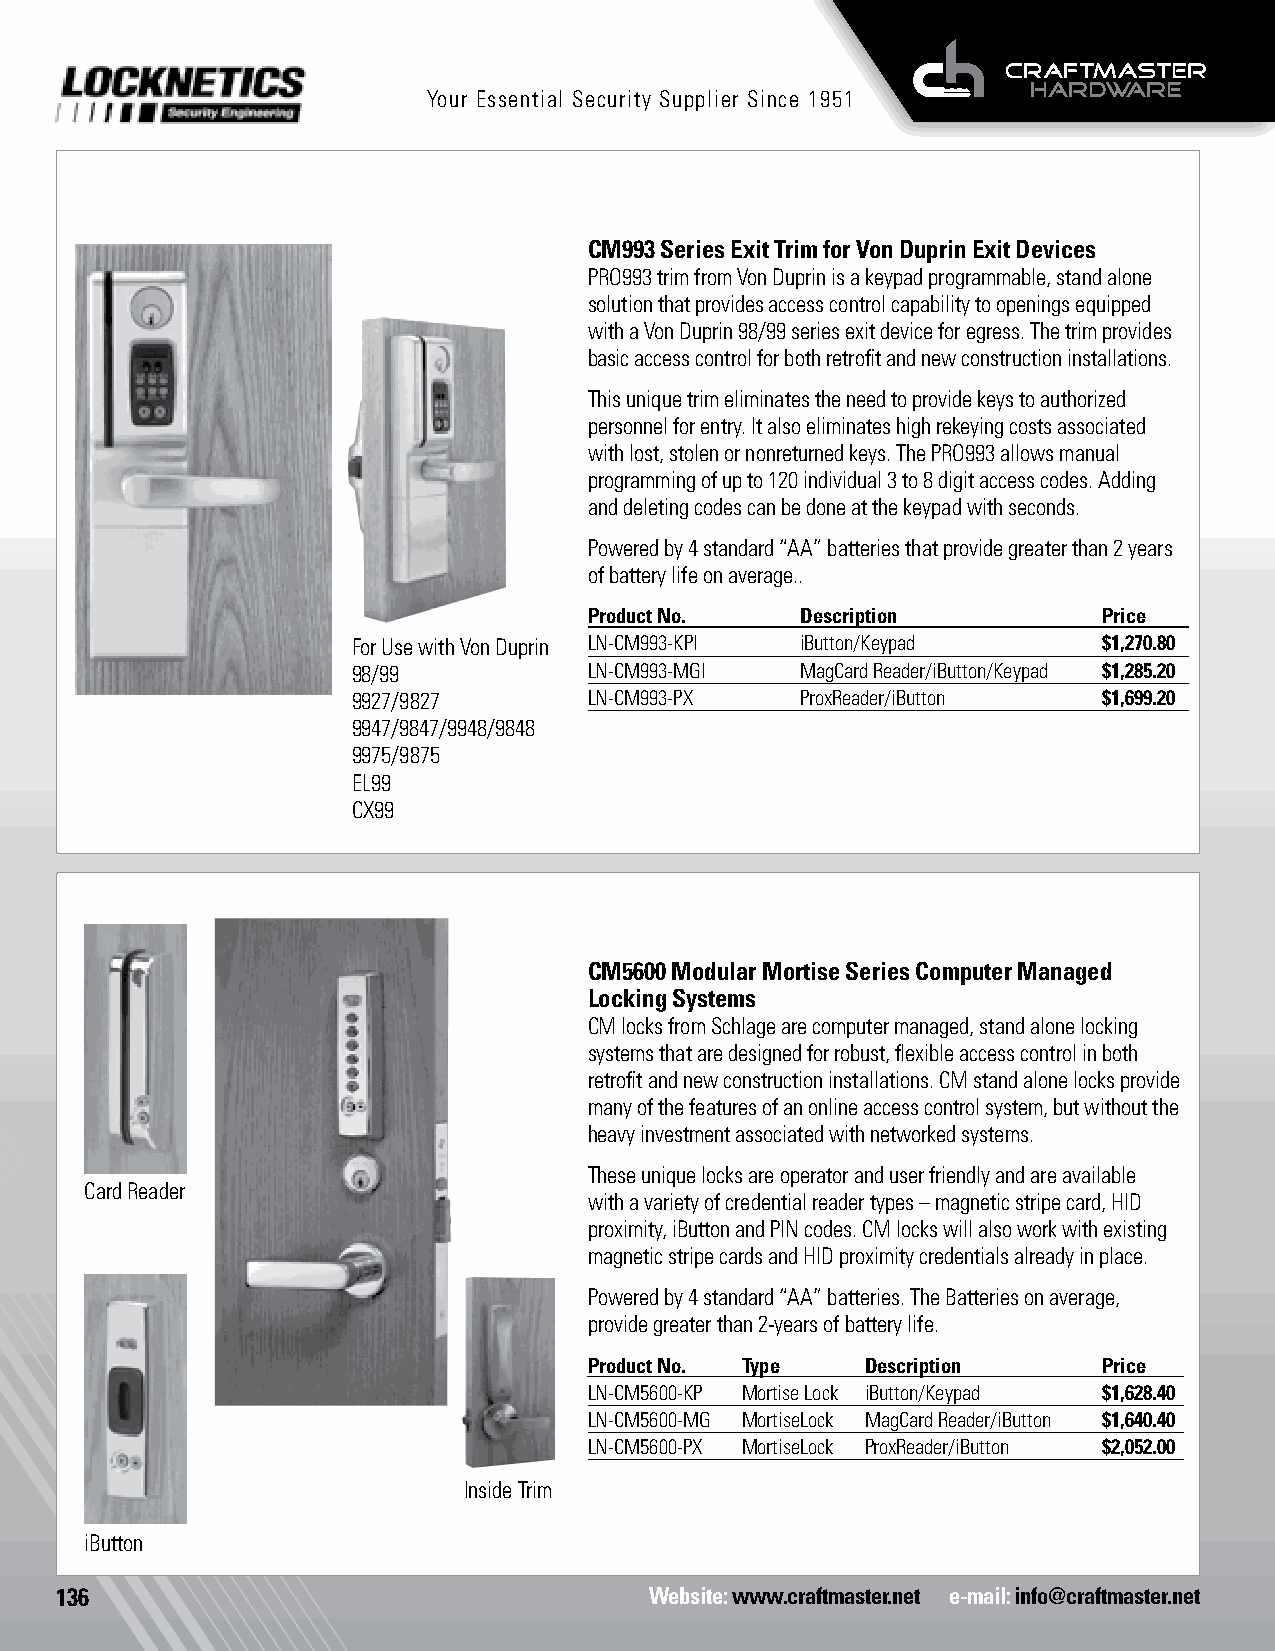
Your Essential Security Supplier Since 1951
 CM993 Series Exit Trim for Von Duprin Exit Devices
 PRO993 trim from Von Duprin is a keypad programmable, stand alone
 solution that provides access control capability to openings equipped
 with a Von Duprin 98/99 series exit device for egress. The trim provides
 basic access control for both retrofit and new construction installations.
 This unique trim eliminates the need to provide keys to authorized
 personnel for entry. It also eliminates high rekeying costs associated
 with lost, stolen or nonreturned keys. The PRO993 allows manual
 programming of up to 120 individual 3 to 8 digit access codes. Adding
 and deleting codes can be done at the keypad with seconds.
 Powered by 4 standard “AA” batteries that provide greater than 2 years
 of battery life on average..
 Product No.   Description         Price
 For Use with Von Duprin LN-CM993-KPI iButton/Keypad $1,270.80
 98/99           LN-CM993-MGI  MagCard Reader/iButton/Keypad $1,285.20
 9927/9827       LN-CM993-PX   ProxReader/iButton  $1,699.20
 9947/9847/9948/9848
 9975/9875
 EL99
 CX99
 CM5600 Modular Mortise Series Computer Managed
 Locking Systems
 CM locks from Schlage are computer managed, stand alone locking
 systems that are designed for robust, flexible access control in both
 retrofit and new construction installations. CM stand alone locks provide
 many of the features of an online access control system, but without the
 heavy investment associated with networked systems.
 These unique locks are operator and user friendly and are available
 Card Reader
 with a variety of credential reader types – magnetic stripe card, HID
 proximity, iButton and PIN codes. CM locks will also work with existing
 magnetic stripe cards and HID proximity credentials already in place.
 Powered by 4 standard “AA” batteries. The Batteries on average,
 provide greater than 2-years of battery life.
 Product No. Type  Description     Price
 LN-CM5600-KP Mortise Lock iButton/Keypad $1,628.40
 LN-CM5600-MG MortiseLock MagCard Reader/iButton $1,640.40
 LN-CM5600-PX MortiseLock ProxReader/iButton $2,052.00
 Inside Trim
 iButton
 136                                    Website: www.craftmaster.net e-mail: info@craftmaster.net